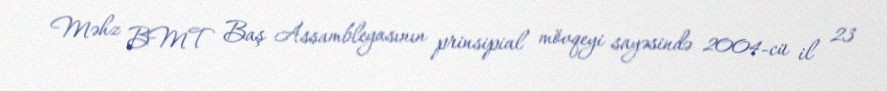
Məhz BMT Baş Assambleyasının prinsipial mövqeyi sayəsində 2004-cü il 23